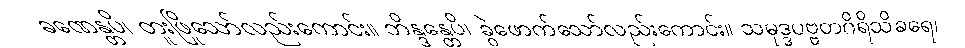
ခဏေန္တပိ၊ တူးဖြိုသော်လည်းကောင်း။ ဘိန္ဒန္တေပိ၊ ခွဲဖောက်သော်လည်းကောင်း။ သမုဒ္ဒပဗ္ဗတဂိရိသိခရေ၊